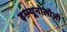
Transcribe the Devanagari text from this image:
इम्म्यूनोलॉजी